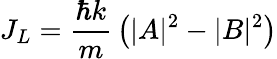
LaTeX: J_{L}={\frac{\hbar k}{m}}\left(|A|^{2}-|B|^{2}\right)